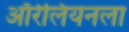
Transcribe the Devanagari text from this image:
ऑरेलियनला